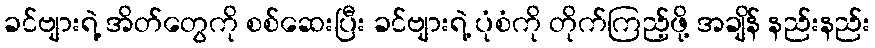
ခင်ဗျားရဲ့ အိတ်တွေကို စစ်ဆေးပြီး ခင်ဗျားရဲ့ ပုံစံကို တိုက်ကြည့်ဖို့ အချိန် နည်းနည်း